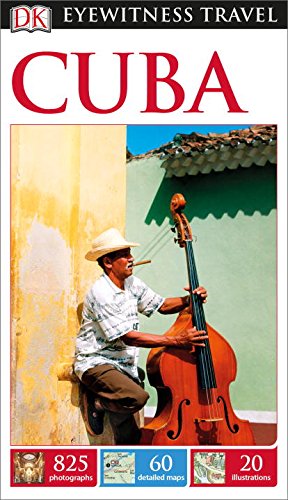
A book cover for DK Eyewitness Travel Guide: Cuba; DK Publishing; Travel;